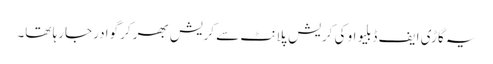
یہ گاڑی ایف ڈبلیو او کی کریش پلانٹ سے کریش بھرکر گوادر جارہا تھا۔